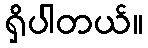
ရှိပါတယ်။